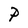
Character: P